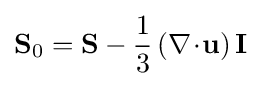
\mathbf {S} _{0}=\mathbf {S} -{\frac {1}{3}}\left(\nabla \!\cdot \!\mathbf {u} \right)\mathbf {I}